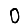
Digit: 0